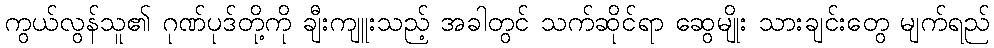
ကွယ်လွန်သူ၏ ဂုဏ်ပုဒ်တို့ကို ချီးကျူးသည့် အခါတွင် သက်ဆိုင်ရာ ဆွေမျိုး သားချင်းတွေ မျက်ရည်